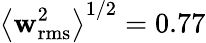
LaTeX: \left\langle\mathbf{w}_{\mathrm{{rms}}}^{2}\right\rangle^{1/2}=0.77